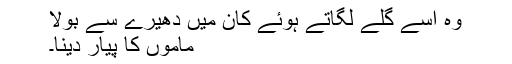
وہ اسے گلے لگاتے ہوئے کان میں دھیرے سے بولا
ماموں کا پیار دینا۔